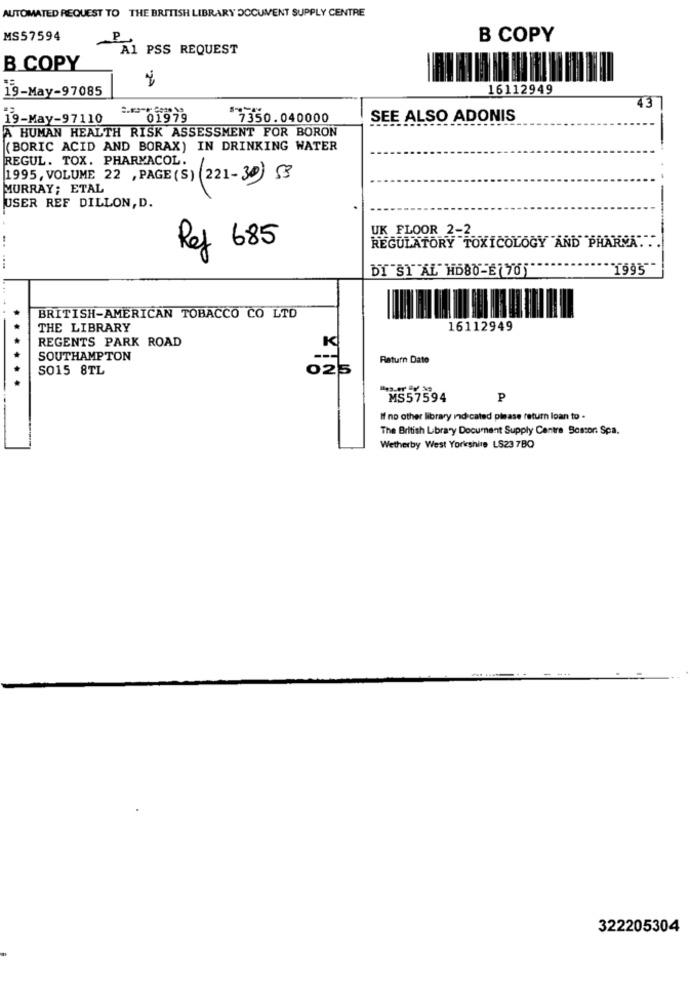
AUTOMATED REQUEST TO THE BRITISH LIBRARY DOCUMENT SUPPLY CENTRE
MS57594
P
B COPY
A1 PSS REQUEST
B COPY
ig-May-97085
16112949
43
19-May-97110
01979
7350.040000
SEE ALSO ADONIS
A HUMAN HEALTH RISK ASSESSMENT FOR BORON
(BORIC ACID AND BORAX) IN DRINKING WATER
REGUL. TOX. PHARMACOL.
1995, VOLUME 22 , PAGE(S) (221-30 53
MURRAY; ETAL
USER REF DILLON, D.
UK FLOOR 2-2
Ref 685
REGULATORY TOXICOLOGY AND PHARMA. ..
DI SI AL HD80-E7705
"1995"
BRITISH-AMERICAN TOBACCO CO LTD
THE LIBRARY
16112949
REGENTS PARK ROAD
K
SOUTHAMPTON
Return Date
...
SO15 8TL
025
MS57594
P
If no other library indicated please return loan to .
The British Library Document Supply Centre Sossor. Spa.
Wetherby West Yorkshire LS23 7BO
322205304